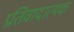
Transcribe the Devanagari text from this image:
प्रतिवादात्मक